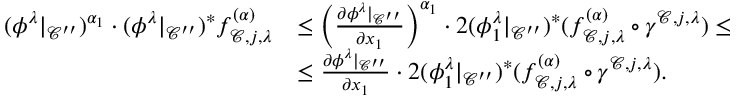
\begin{array} { r l } { ( \phi ^ { \lambda } | _ { \mathcal { C } ^ { \prime \prime } } ) ^ { \alpha _ { 1 } } \cdot ( \phi ^ { \lambda } | _ { \mathcal { C } ^ { \prime \prime } } ) ^ { * } f _ { \mathcal { C } , j , \lambda } ^ { ( \alpha ) } } & { \leq \left( \frac { \partial \phi ^ { \lambda } | _ { \mathcal { C } ^ { \prime \prime } } } { \partial x _ { 1 } } \right) ^ { \alpha _ { 1 } } \cdot 2 ( \phi _ { 1 } ^ { \lambda } | _ { \mathcal { C } ^ { \prime \prime } } ) ^ { * } ( f _ { \mathcal { C } , j , \lambda } ^ { ( \alpha ) } \circ \gamma ^ { \mathcal { C } , j , \lambda } ) \leq } \\ & { \leq \frac { \partial \phi ^ { \lambda } | _ { \mathcal { C } ^ { \prime \prime } } } { \partial x _ { 1 } } \cdot 2 ( \phi _ { 1 } ^ { \lambda } | _ { \mathcal { C } ^ { \prime \prime } } ) ^ { * } ( f _ { \mathcal { C } , j , \lambda } ^ { ( \alpha ) } \circ \gamma ^ { \mathcal { C } , j , \lambda } ) . } \end{array}